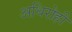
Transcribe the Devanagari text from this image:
अधिरोही